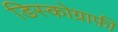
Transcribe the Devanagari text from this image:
डिस्कोग्राफ़ी